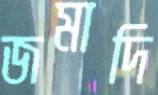
জমাদি